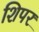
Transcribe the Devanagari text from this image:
शिपर